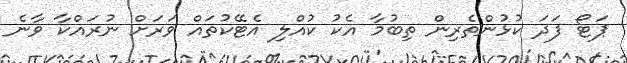
ޕަޓޯ ފަދަ ކުޅުންތެރިން ތިބުމާ އެކު ކުއްލި އެޓޭކުތައް ވަރަށް ނުރައްކާ ވާނެ